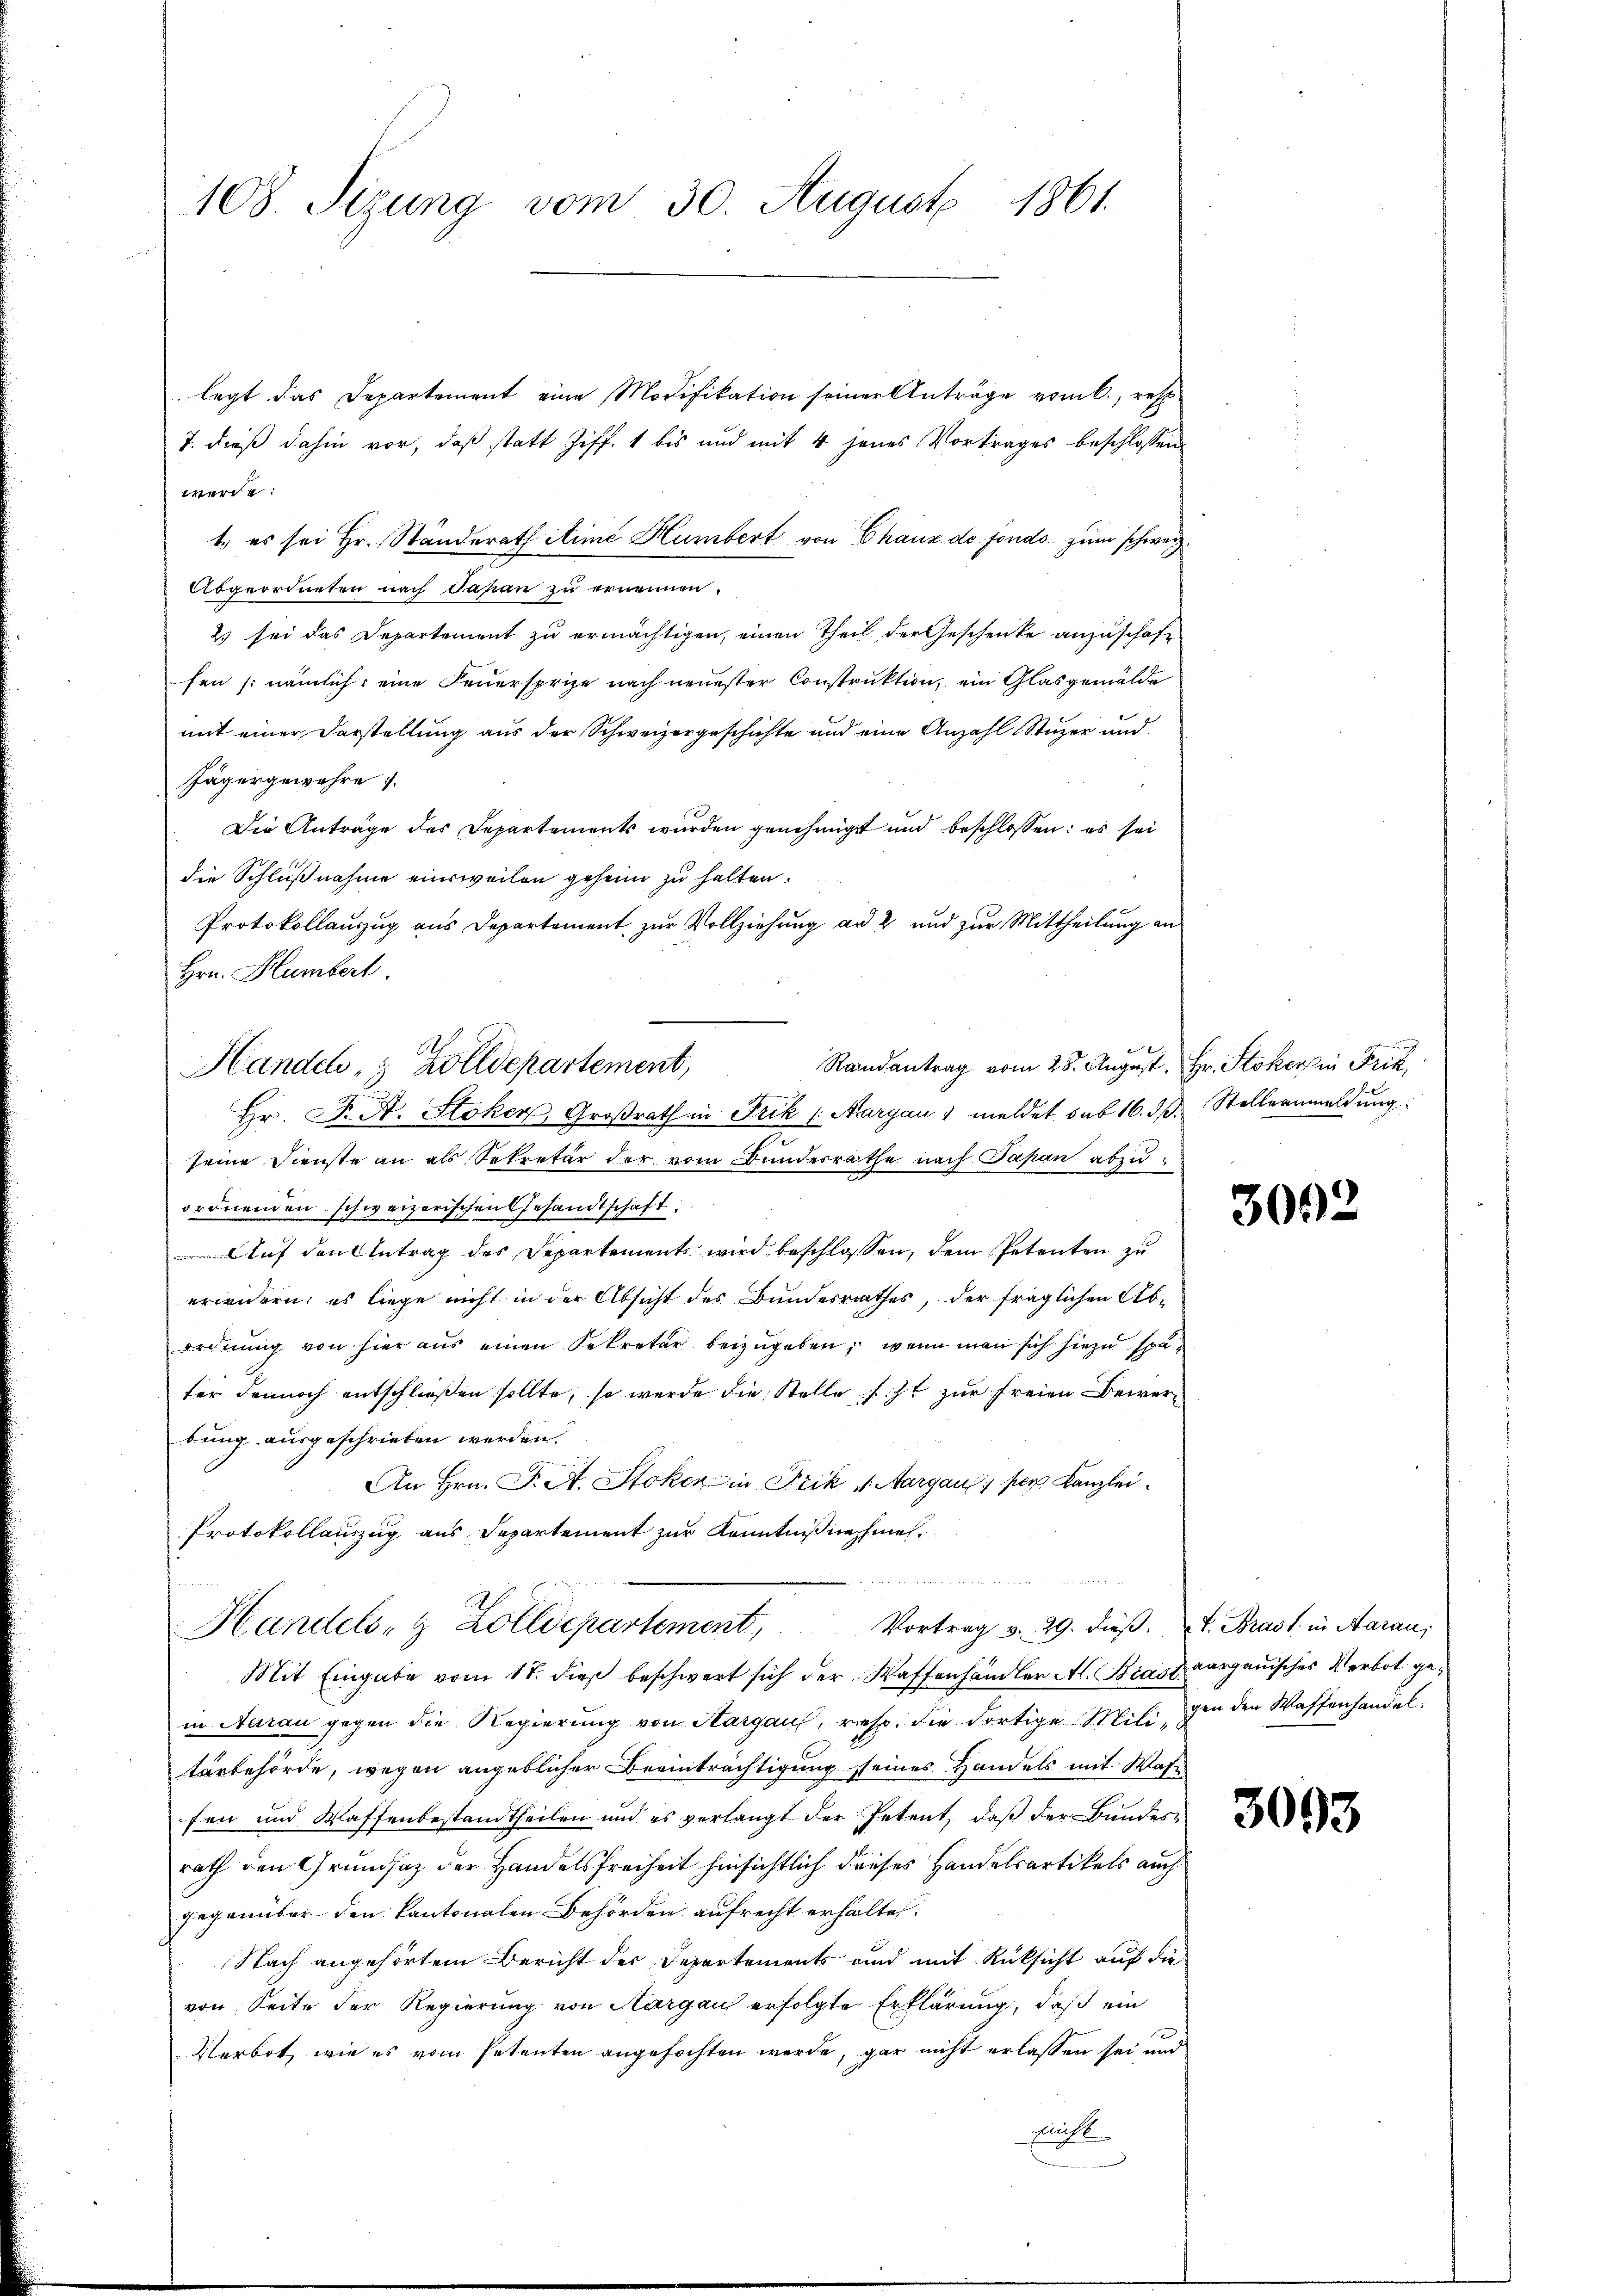
108. Sizung vom 30. August 1861.

legt das Departement eine Modifikation seiner Anträge vom 6., resp
7. dieß dahin vor, daß statt Ziff. 1 bis und mit 4 jenes Vortrages beschlossen
werde:
1.) es sei Hr. Ständerath Aimé Humbert von Chaux de fonds zum schweiz
Abgeordneten nach Papan zu ernennen.
2 sei das Departement zu ermächtigen, einen Theil der Geschenke anzuschaft
fen (nämlich eine Feuersprise nach neuester Construktion, ein Glasgemälde
mit einer Darstellung aus der Schweizergeschichte und eine Anzahl Stuzer und
Jägergewahre
Die Anträge des Departements wurden genehmigt und beschlossen: es sei
die Schlußnahme einsweilen geheim zu halten.
Protokollauzug aus Departement zur Vollziehung an 2 und zur Mittheilung an
Hrn. Humbert.
Hr. Dr. A. Stoker, Großrath in Frik (Aargau, meldet sub 16. dβ. Stelleanmeldung
seine Dienste an als Sekretär der vom Bundesrathe nach Papan abzuorönenden schweizerischen Gesandtschaft
Auf den Antrag des Departements wird beschlossen, dem Petenten zu
erwidern; es liege nicht in der Absicht des Bundesrathes, der fraglichen Ab-
ordnung von hier aus einen Sekretär beizugeben; wenn man sich hiezu später dennoch entschließen sollte, so wurde die Stelle sicht zur freien Bewerbung ausgeschrieben werden.
An Hrn. F. A. Stoker in Frik v. Aargau, per Kanzlei
Protokollauszug aus Departement zur Kenntnißnahmen.
Vortrag v. 29. dieß. A. Brast in Aarau,
Handels- & Zolldepartement,
Mit Eingabe vom 18. dieß beschwert sich der Waffenhändler A. Brast aargauisches Verbot gein Aarau gegen die Regierung von Aargau, resp. die dortige Miligen den Waffenhandel.
tärbehörde, wegen angeblicher Beeinträchtigung seines Handels mit Wasfen und Waffenbestandtheilen und es verlangt der Petent, daβ der Bandes
rath den Grundsatz der Handelsfreiheit hinsichtlich dieses Handelsartikels auch
gegenüber den kantonalen Behörden aufrecht erhalten.
Nach angehörtem Bericht der Departements und mit Rücksicht auf die
von Seite der Regierung von Aargau erfolgte Erklärung, daß ein
Verbot, wie es vom Petenten angefochten werde, gar nicht erlassen sei und
flicht

Handel, Zolldepartement,

Randantrag vom 28. August, Hr. Stokers in Frik

i

3002